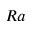
R a